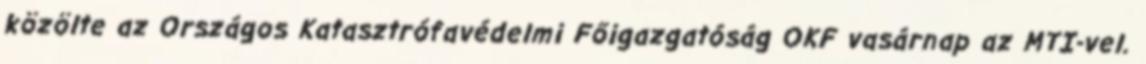
közölte az Országos Katasztrófavédelmi Főigazgatóság OKF vasárnap az MTI-vel.